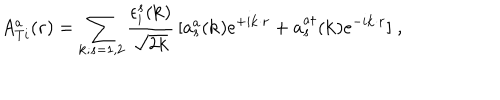
LaTeX: A _ { T i } ^ { a } ( { \bf { r } } ) = \sum _ { { \bf { k } } ; s = 1 , 2 } \frac { \epsilon _ { i } ^ { s } ( { \bf { k } } ) } { \sqrt { 2 k } } \, [ a _ { s } ^ { a } ( { \bf { k } } ) e ^ { + i { \bf { k } } \cdot { \bf { r } } } + a _ { s } ^ { a \dagger } ( { \bf { k } } ) e ^ { - i { \bf { k } } \cdot { \bf { r } } } ] \; ,